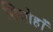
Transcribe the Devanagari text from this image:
सित्रोहाँ